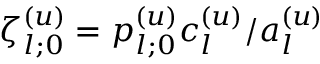
\zeta _ { l ; 0 } ^ { ( u ) } = p _ { l ; 0 } ^ { ( u ) } c _ { l } ^ { ( u ) } / a _ { l } ^ { ( u ) }